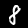
Label: 8